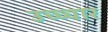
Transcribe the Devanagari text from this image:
उच्च्चार